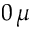
0 \, \mu